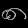
Digit: ၈